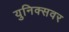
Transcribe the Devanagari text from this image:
युनिक्सवर